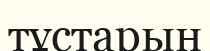
тұстарын